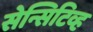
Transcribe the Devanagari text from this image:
सेन्सिटिव्ह